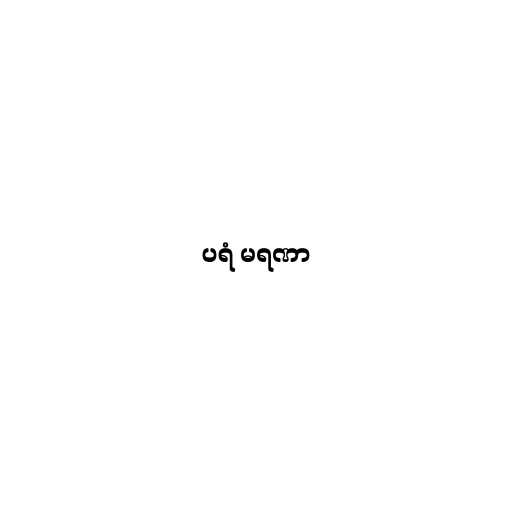
ပရံ မရဏာ